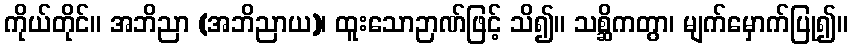
ကိုယ်တိုင်။ အဘိညာ (အဘိညာယ)၊ ထူးသောဉာဏ်ဖြင့် သိ၍။ သစ္ဆိကတွာ၊ မျက်မှောက်ပြု၍။